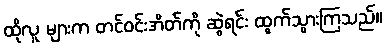
ထိုလူ များက တင်ဝင်းအိတ်ကို ဆွဲရင်း ထွက်သွားကြသည်။